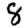
Digit: 8